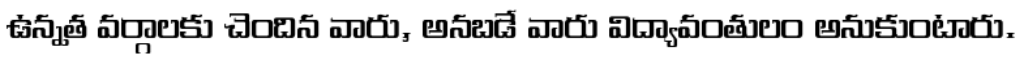
ఉన్నత వర్గాలకు చెందిన వారు, అనబడే వారు విద్యావంతులం అనుకుంటారు.